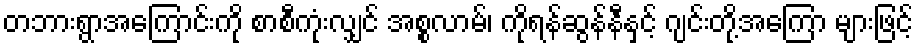
တဘားရွာအကြောင်းကို စာစီကုံးလျှင် အစ္စလာမ်၊ ကိုရန်ဆွန်နီနှင့် ဂျင်းတို့အကြော များဖြင့်